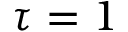
\tau = 1